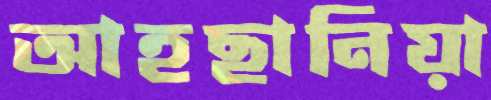
আহছানিয়া